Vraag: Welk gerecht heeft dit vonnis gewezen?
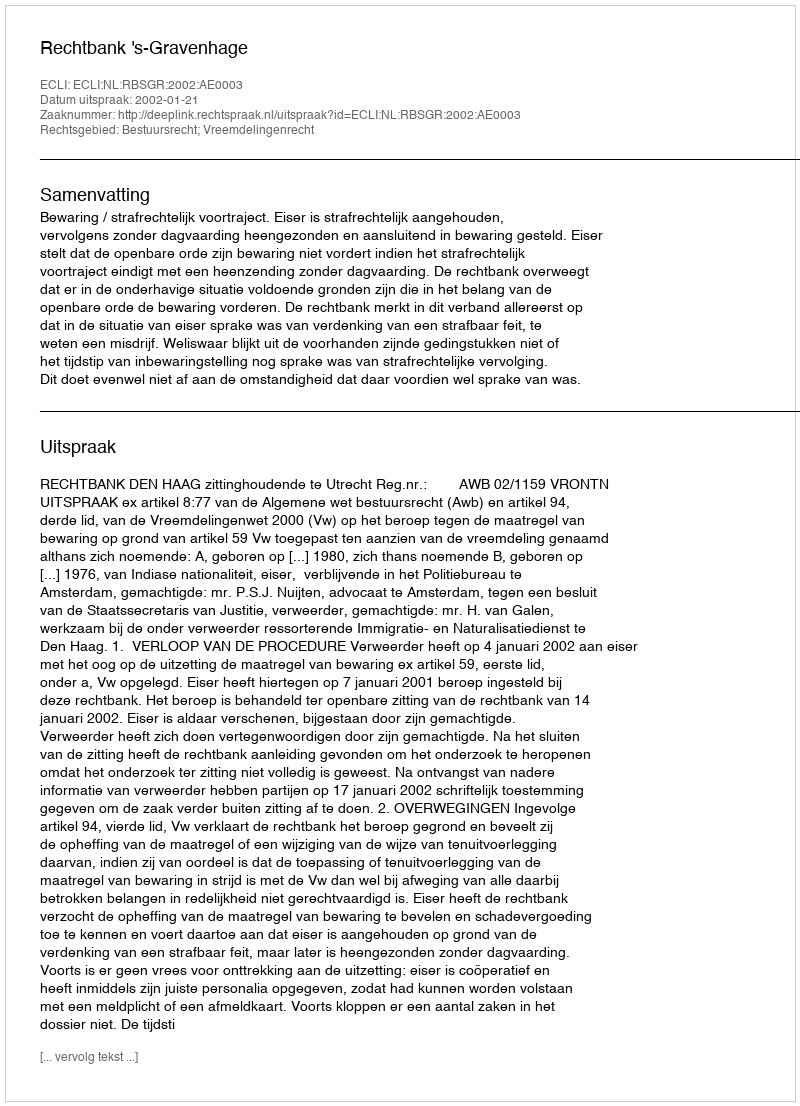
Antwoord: Rechtbank 's-Gravenhage